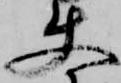
使